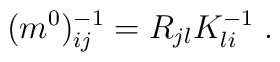
(m^{0})^{-1}_{ij}= R_{jl}K^{-1}_{li}\;.